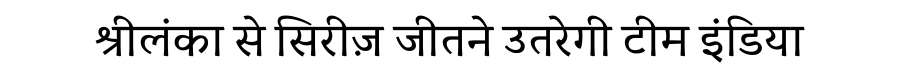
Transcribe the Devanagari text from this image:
श्रीलंका से सिरीज़ जीतने उतरेगी टीम इंडिया